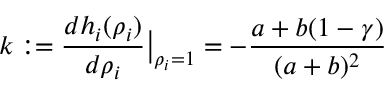
k : = \frac { d h _ { i } ( \rho _ { i } ) } { d \rho _ { i } } \big | _ { \rho _ { i } = 1 } = - \frac { a + b ( 1 - \gamma ) } { ( a + b ) ^ { 2 } }